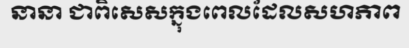
នានា ជាពិសេសក្នុងពេលដែលសហភាព